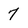
Character: 7